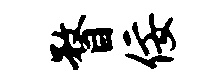
瞀佞